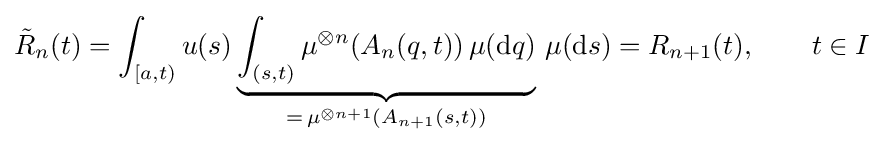
{\tilde {R}}_{n}(t)=\int _{[a,t)}u(s)\underbrace {\int _{(s,t)}\mu ^{\otimes n}(A_{n}(q,t))\,\mu (\mathrm {d} q)} _{=\,\mu ^{\otimes n+1}(A_{n+1}(s,t))}\,\mu (\mathrm {d} s)=R_{n+1}(t),\qquad t\in I